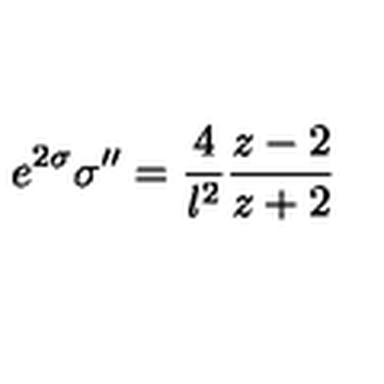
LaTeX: e ^ { 2 \sigma } \sigma ^ { \prime \prime } = { \frac { 4 } { l ^ { 2 } } } { \frac { z - 2 } { z + 2 } }